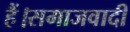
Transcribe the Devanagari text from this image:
हैं।समाजवादी